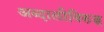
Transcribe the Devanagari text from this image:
अब्दालीविरुद्ध